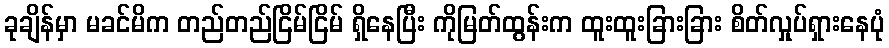
ခုချိန်မှာ မခင်မိက တည်တည်ငြိမ်ငြိမ် ရှိနေပြီး ကိုမြတ်ထွန်းက ထူးထူးခြားခြား စိတ်လှုပ်ရှားနေပုံ